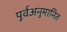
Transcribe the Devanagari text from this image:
पूर्वअनुमानित